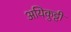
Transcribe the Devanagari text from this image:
अयिकुट्टी